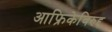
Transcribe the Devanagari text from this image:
आफ्रिकेविरुद्द